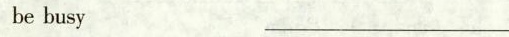
bebusy_________